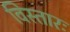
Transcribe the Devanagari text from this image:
विस्तारः